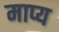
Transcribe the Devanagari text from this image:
माप्य